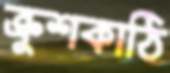
ক্রুশকাঠি